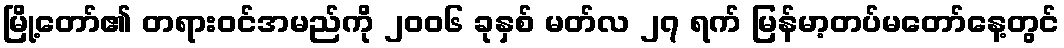
မြို့တော်၏ တရားဝင်အမည်ကို ၂၀၀၆ ခုနှစ် မတ်လ ၂၇ ရက် မြန်မာ့တပ်မတော်နေ့တွင်